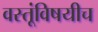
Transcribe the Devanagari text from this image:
वस्तूंविषयीच